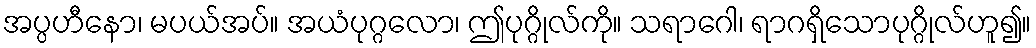
အပ္ပဟီနော၊ မပယ်အပ်။ အယံပုဂ္ဂလော၊ ဤပုဂ္ဂိုလ်ကို။ သရာဂေါ၊ ရာဂရှိသောပုဂ္ဂိုလ်ဟူ၍။